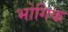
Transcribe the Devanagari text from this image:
भोगिक